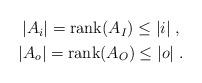
LaTeX: \begin{align*}\begin{gathered}|A_i|=\operatorname{rank}(A_I) \leq |i|\;,\\|A_o|=\operatorname{rank}(A_O) \leq |o|\;.\end{gathered}\end{align*}